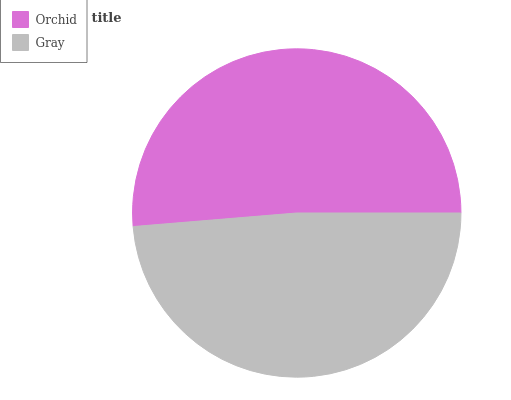
| Orchid | Gray |
 | --- | --- |
 | 51.3% | 48.7% |